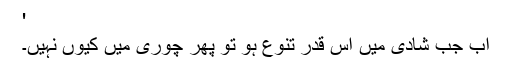
'
اب جب شادی میں اس قدر تنوع ہو تو پھر چوری میں کیوں نہیں۔